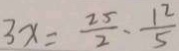
3 x = \frac { 2 5 } { 2 } \cdot \frac { 1 2 } { 5 }